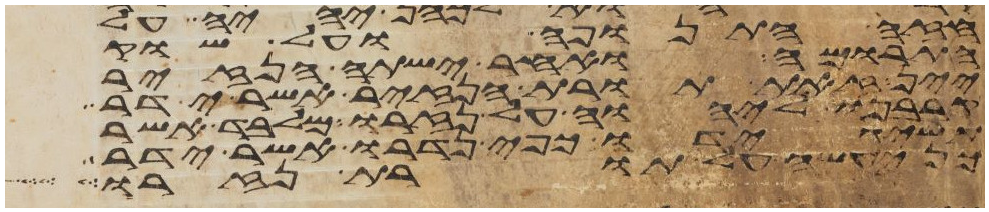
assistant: חזה התנופה ועל שוק
התרומה ואחר ישתה הנזיר
יין זאת תורת הנזיר אשר ידר
קרבנו ליהוה על נזרו מלבד אשר
תשיג ידו כפי נדרו אשר ידר
כן יעשה על תורת נזרו